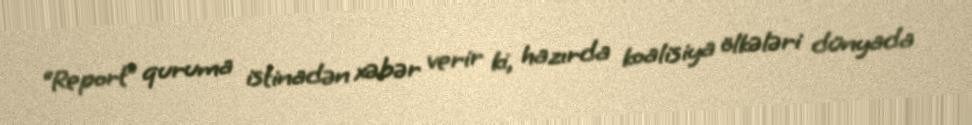
“Report” quruma istinadən xəbər verir ki, hazırda koalisiya ölkələri dünyada